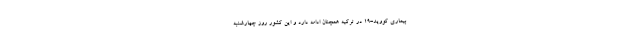
بیماری کووید-۱۹ در ترکیه همچنان ادامه دارد و این کشور روز چهارشنبه